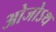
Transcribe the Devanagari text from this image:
ओजोऽथ